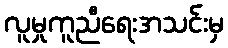
လူမှုကူညီရေးအသင်းမှ